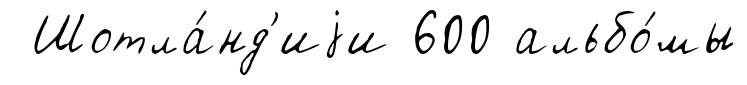
Шотла́нд'иjи 600 альбо́мы